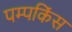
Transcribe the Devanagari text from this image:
पम्पकिंस